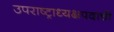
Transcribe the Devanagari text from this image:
उपराष्ट्राध्यक्षपदाची